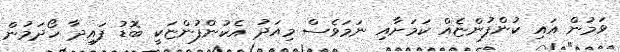
ވަމުން އައި ކުންފުންޏެއް ކަމަށާއި ނަމަވެސް މިއަދު އެކުންފުންޏަކީ ބޮޑު ފައިދާ ހޯދަމުން